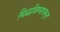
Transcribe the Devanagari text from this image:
मिळविण्यापासून